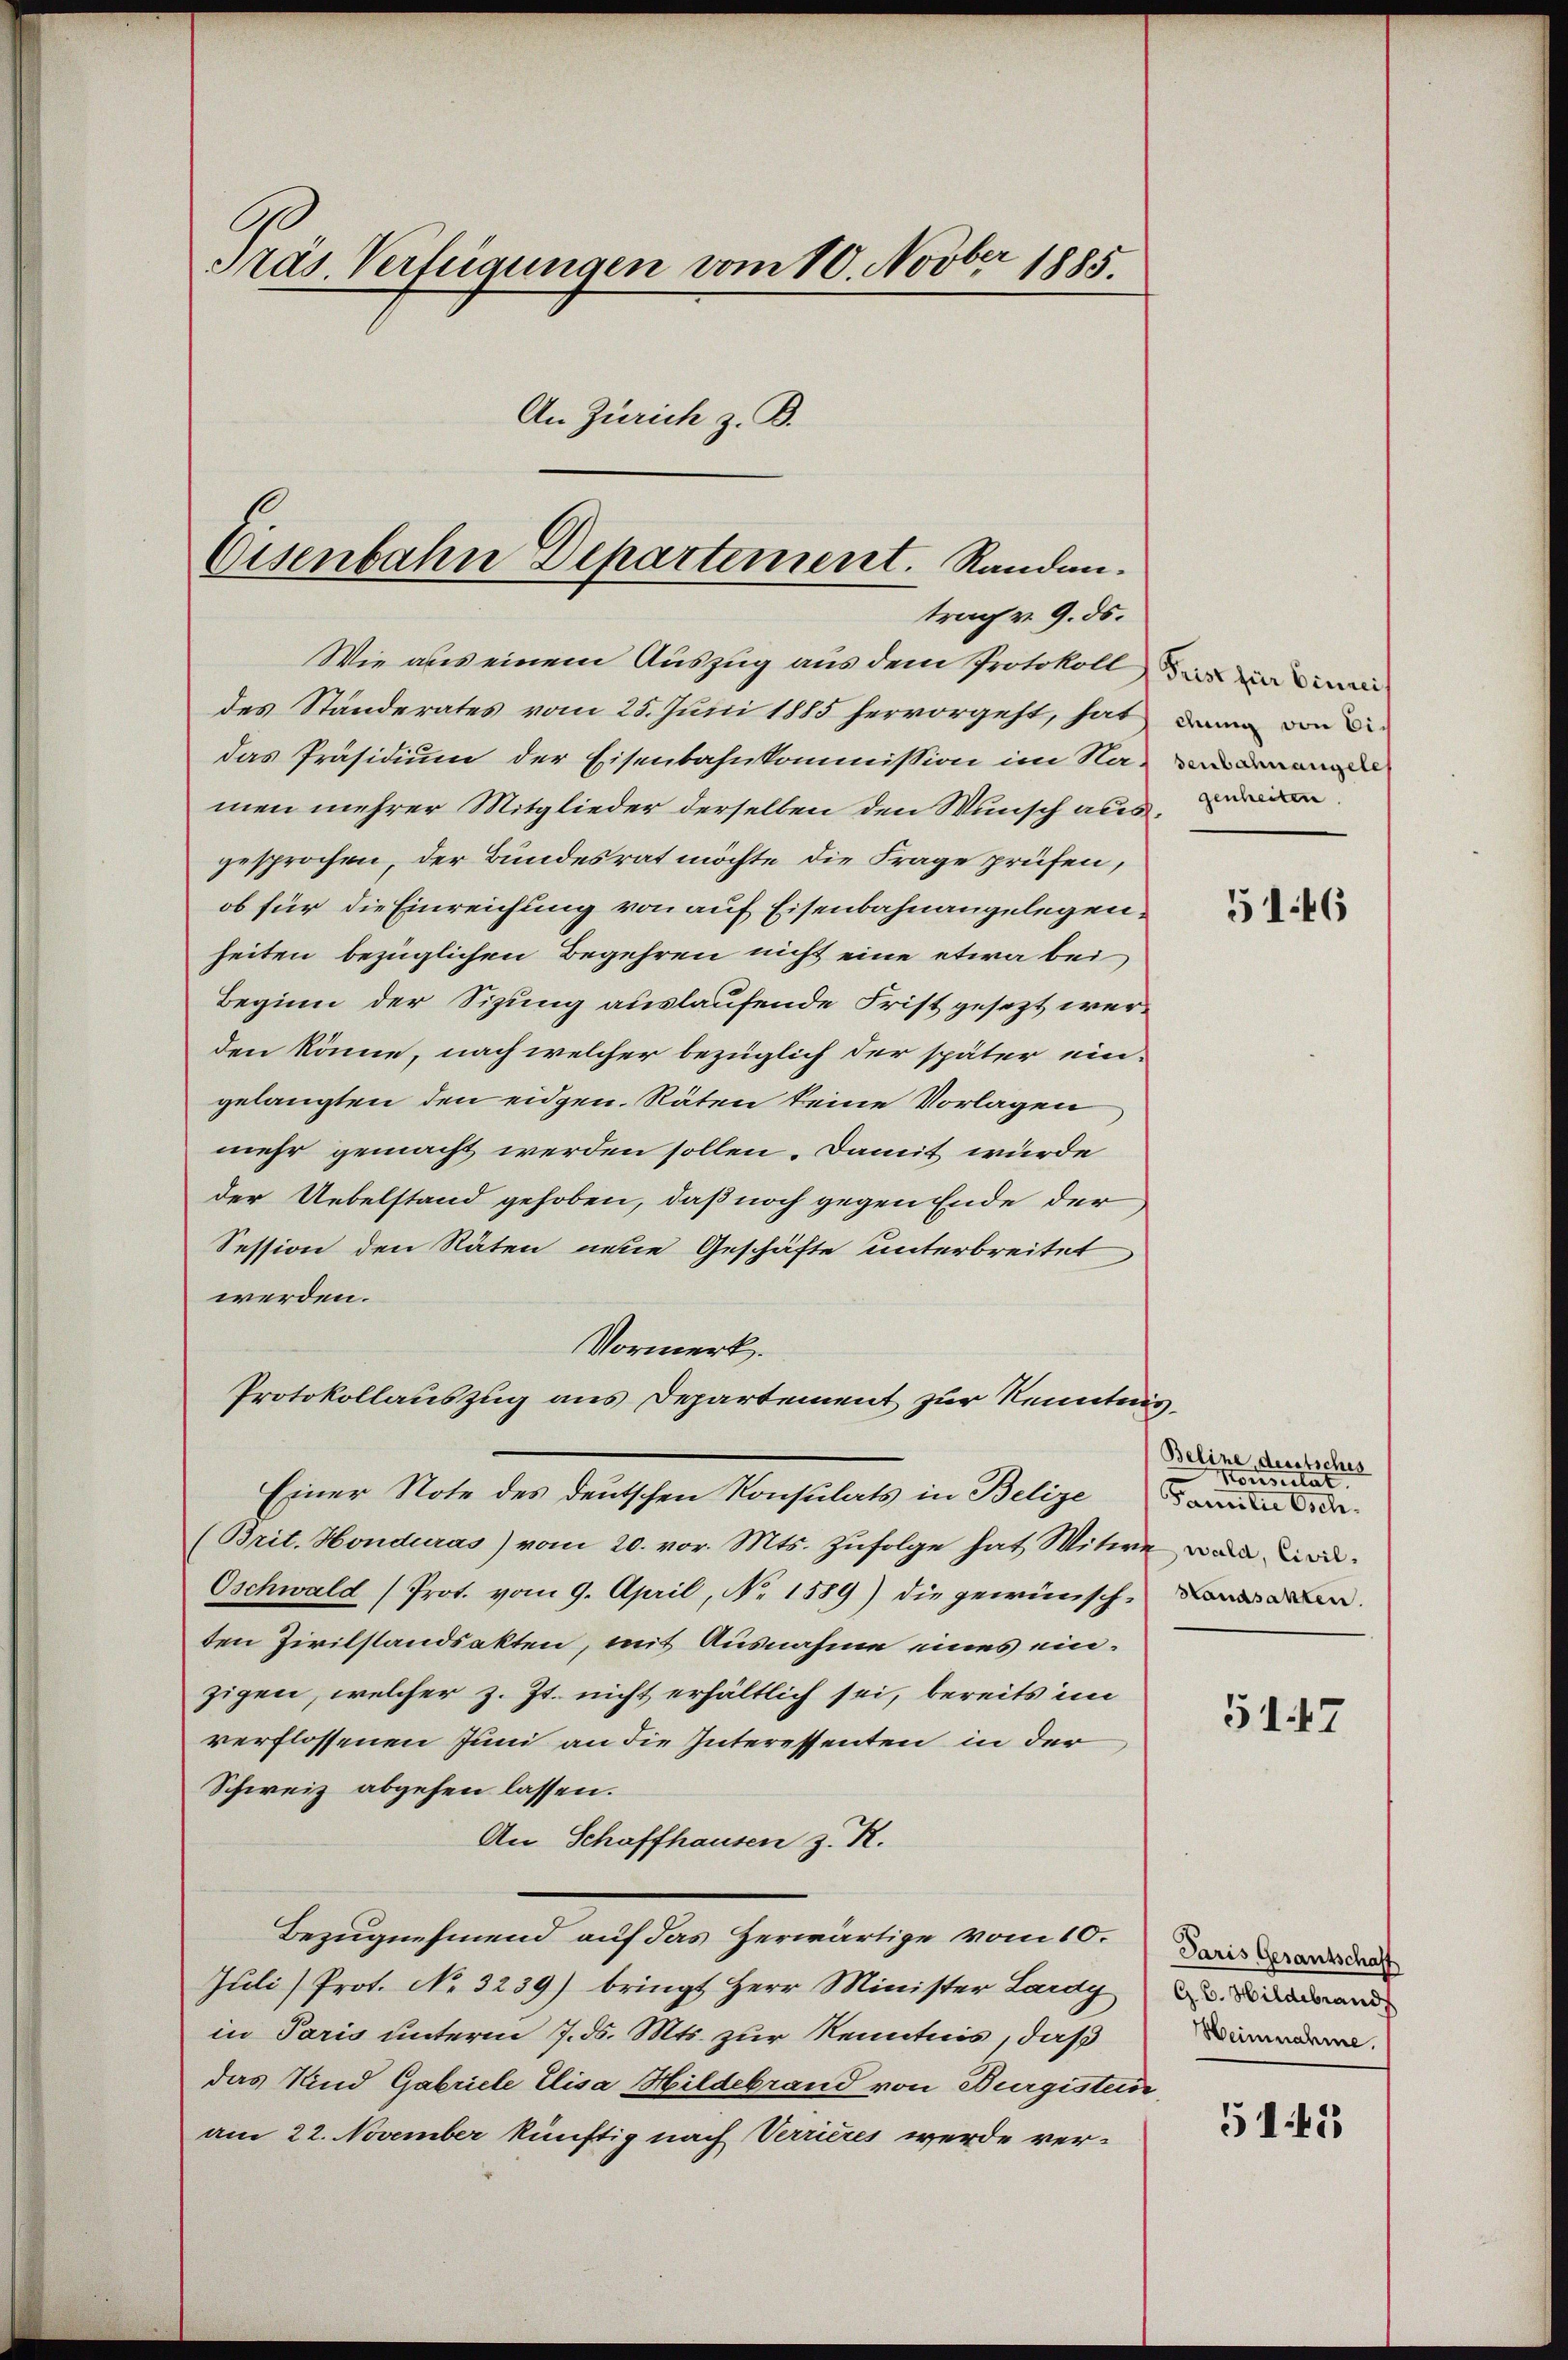
Präs. Verfügungen vom 10. Novber 1885.
An Zürich z. B.

Eisenbahn Departement. Randen.
trag v. 9. ds.

Wie aus einem Auszug aus dem Protokoll das di
des Ständerates vom 25. Juni 1885 hervorgeht, hat dann von die
das Präsidium der Eisenbahnkommission im Namen mehrer Mitglieder derselben den Wunsch aus.
gesprochen, der Bundesrat möchte die Frage prüfen,
ob für die Einreichung von auf Eisenbahnangelegenheiten bezüglichen Begehren nicht eine etwa bei
Beginn der Sizung auslaufende Frist gesezt werden könne, nach welcher bezüglich der später ein-
gelangten den eidgen. Räten keine Vorlagen,
mehr gemacht werden sollen. Damit würde
der Uebelstand gehoben, daß noch gegen Ende der
Session den Räten neue Geschäfte unterbreitet
werden.
Vormerk.
Protokollauszug aus Departement zur Kenntnis,
Einer Note des deutschen Konsulats in Belige Dauer der
(Brit. Honduras) vom 20. vor. Mts. Zufolge hat Witwe war wir
Oschwald (Prot. vom 9. April, No. 1589) die gewünschten Zivilstandsakten, mit Ausnahme eines einzigen, welcher z. Zt. nicht erhältlich sei, bereits im
verflossenen Juni an die Interessenten in der
Schweiz abgehen lassen.
An Schaffhausen z. R.
Bezugnehmend auf das Herwärtige vom 10.
Juli/Prot. No. 3239) bringt Herr Minister Lardy and
in Paris unterm 7. d. Mts. zur Kenntnis, daß
das Kind Gabriele Elisa Hildebrand von Burgistein,
am 22. November künftig nach Verrieres werde ver-

genheiten

51:46

Beline, deutsches
Korsitat.
Standsakten.

5147

Paris Gesantschaff
Heinnahme.

5145